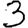
Digit: 3